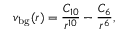
v _ { \mathrm { b g } } ( r ) = \frac { C _ { 1 0 } } { r ^ { 1 0 } } - \frac { C _ { 6 } } { r ^ { 6 } } ,